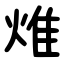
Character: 焳